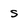
Character: S